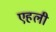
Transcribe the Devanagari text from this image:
एहली